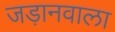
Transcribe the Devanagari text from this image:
जड़ानवाला